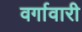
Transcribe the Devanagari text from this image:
वर्गावारी